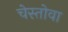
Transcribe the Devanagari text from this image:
चेस्तोवा